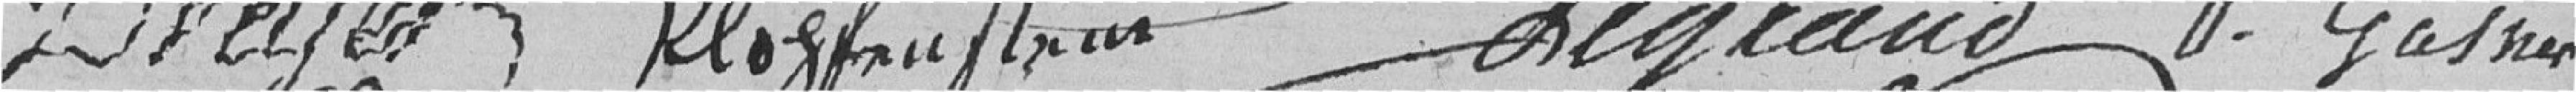
DREYER     KLOGFU MORIN ??     LEGRAND     F. GASNER